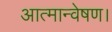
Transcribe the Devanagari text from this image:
आत्मान्वेषण।